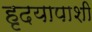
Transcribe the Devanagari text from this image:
हृदयापाशी